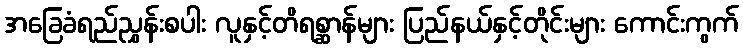
အခြေခံရည်ညွှန်းစပါး လူနှင့်တိရစ္ဆာန်များ ပြည်နယ်နှင့်တိုင်းများ ကောင်းကွက်